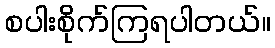
စပါးစိုက်ကြရပါတယ်။